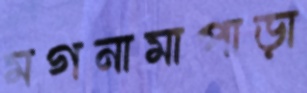
মগনামাপাড়া